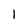
Character: 1